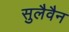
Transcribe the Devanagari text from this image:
सुलैवैन